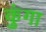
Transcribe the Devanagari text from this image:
कुंगा